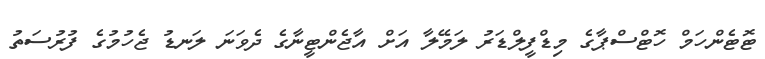
ޓޮޓެންހަމް ހޮޓްސްޕާގެ މިޑްފީލްޑަރު ލަމޭލާ އަށް އާޖެންޓީނާގެ ދެވަނަ ލަނޑު ޖެހުމުގެ ފުރުސަތު